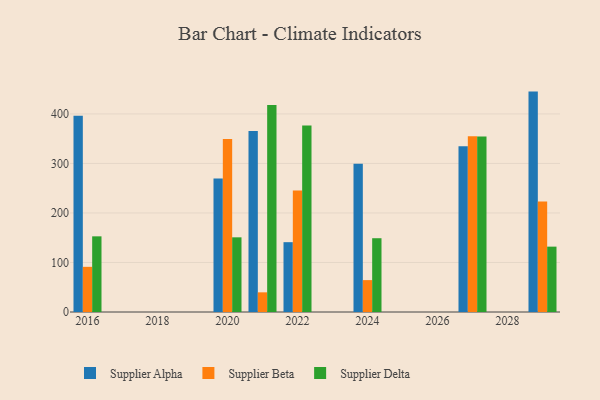
{"axis": {"x": "Year", "y": "Satisfaction Score"}, "legend": ["Supplier Alpha", "Supplier Beta", "Supplier Delta"], "data": [{"x": "2027", "y": 334.6, "type": "Supplier Alpha"}, {"x": "2027", "y": 355.1, "type": "Supplier Beta"}, {"x": "2027", "y": 354.4, "type": "Supplier Delta"}, {"x": "2016", "y": 396.3, "type": "Supplier Alpha"}, {"x": "2016", "y": 91.2, "type": "Supplier Beta"}, {"x": "2016", "y": 152.8, "type": "Supplier Delta"}, {"x": "2021", "y": 365.7, "type": "Supplier Alpha"}, {"x": "2021", "y": 39.7, "type": "Supplier Beta"}, {"x": "2021", "y": 417.9, "type": "Supplier Delta"}, {"x": "2024", "y": 299.4, "type": "Supplier Alpha"}, {"x": "2024", "y": 64.4, "type": "Supplier Beta"}, {"x": "2024", "y": 149.0, "type": "Supplier Delta"}, {"x": "2029", "y": 445.1, "type": "Supplier Alpha"}, {"x": "2029", "y": 223.4, "type": "Supplier Beta"}, {"x": "2029", "y": 132.0, "type": "Supplier Delta"}, {"x": "2020", "y": 269.4, "type": "Supplier Alpha"}, {"x": "2020", "y": 349.4, "type": "Supplier Beta"}, {"x": "2020", "y": 150.8, "type": "Supplier Delta"}, {"x": "2022", "y": 141.0, "type": "Supplier Alpha"}, {"x": "2022", "y": 245.3, "type": "Supplier Beta"}, {"x": "2022", "y": 376.7, "type": "Supplier Delta"}]}